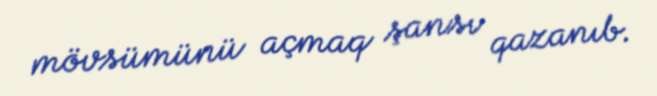
mövsümünü açmaq şansı qazanıb.